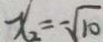
x _ { 2 } = - \sqrt { 1 0 }